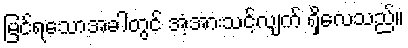
မြင်ရသောအခါတွင် အံ့အားသင့်လျက် ရှိလေသည်။